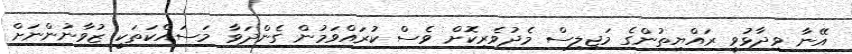
އޭނާ ވިދާޅުވީ ރައްޔިތުންގެ މަޖިލިސް މެދުވެރިކޮށް ވެސް ކުރައްވަމުން ގެންދަވާ މަސައްކަތަކީ ޒުވާނުންނަށް